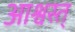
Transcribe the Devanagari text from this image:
आश्वस्त्